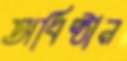
অধিষ্ঠান